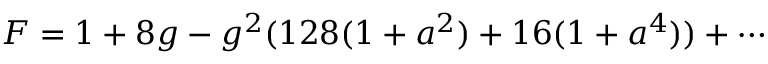
F = 1 + 8 g - g ^ { 2 } ( 1 2 8 ( 1 + a ^ { 2 } ) + 1 6 ( 1 + a ^ { 4 } ) ) + \cdots